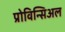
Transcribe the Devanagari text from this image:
प्रोविन्सिअल